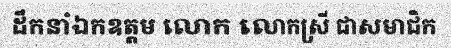
ដឹកនាំឯកឧត្តម លោក លោកស្រី ជាសមាជិក